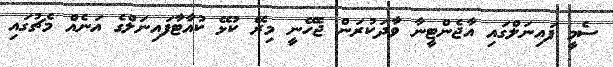
ސެމީ ފައިނަލްގައި އާޖެންޓީނާ ވާދަކުރަން ޖެހޭނީ މިރޭ ކުޅޭ ކުއާޓާފައިނަލްގެ އަނެއް މެޗުގައި